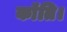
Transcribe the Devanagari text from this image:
कॉंति।